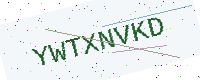
Text: YWTXNVKD